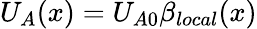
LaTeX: U_{A}(x)=U_{A0}\beta_{local}(x)